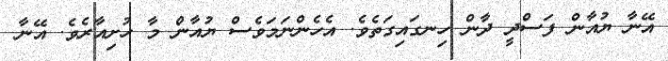
އޭނާ ޔުއާން ފަސްދީ ދާން ހިނގައިގަތެވެ. އެހެންނަމަވެސް ޔުއާން މާ ހުށިއާރެވެ. އޭނާ